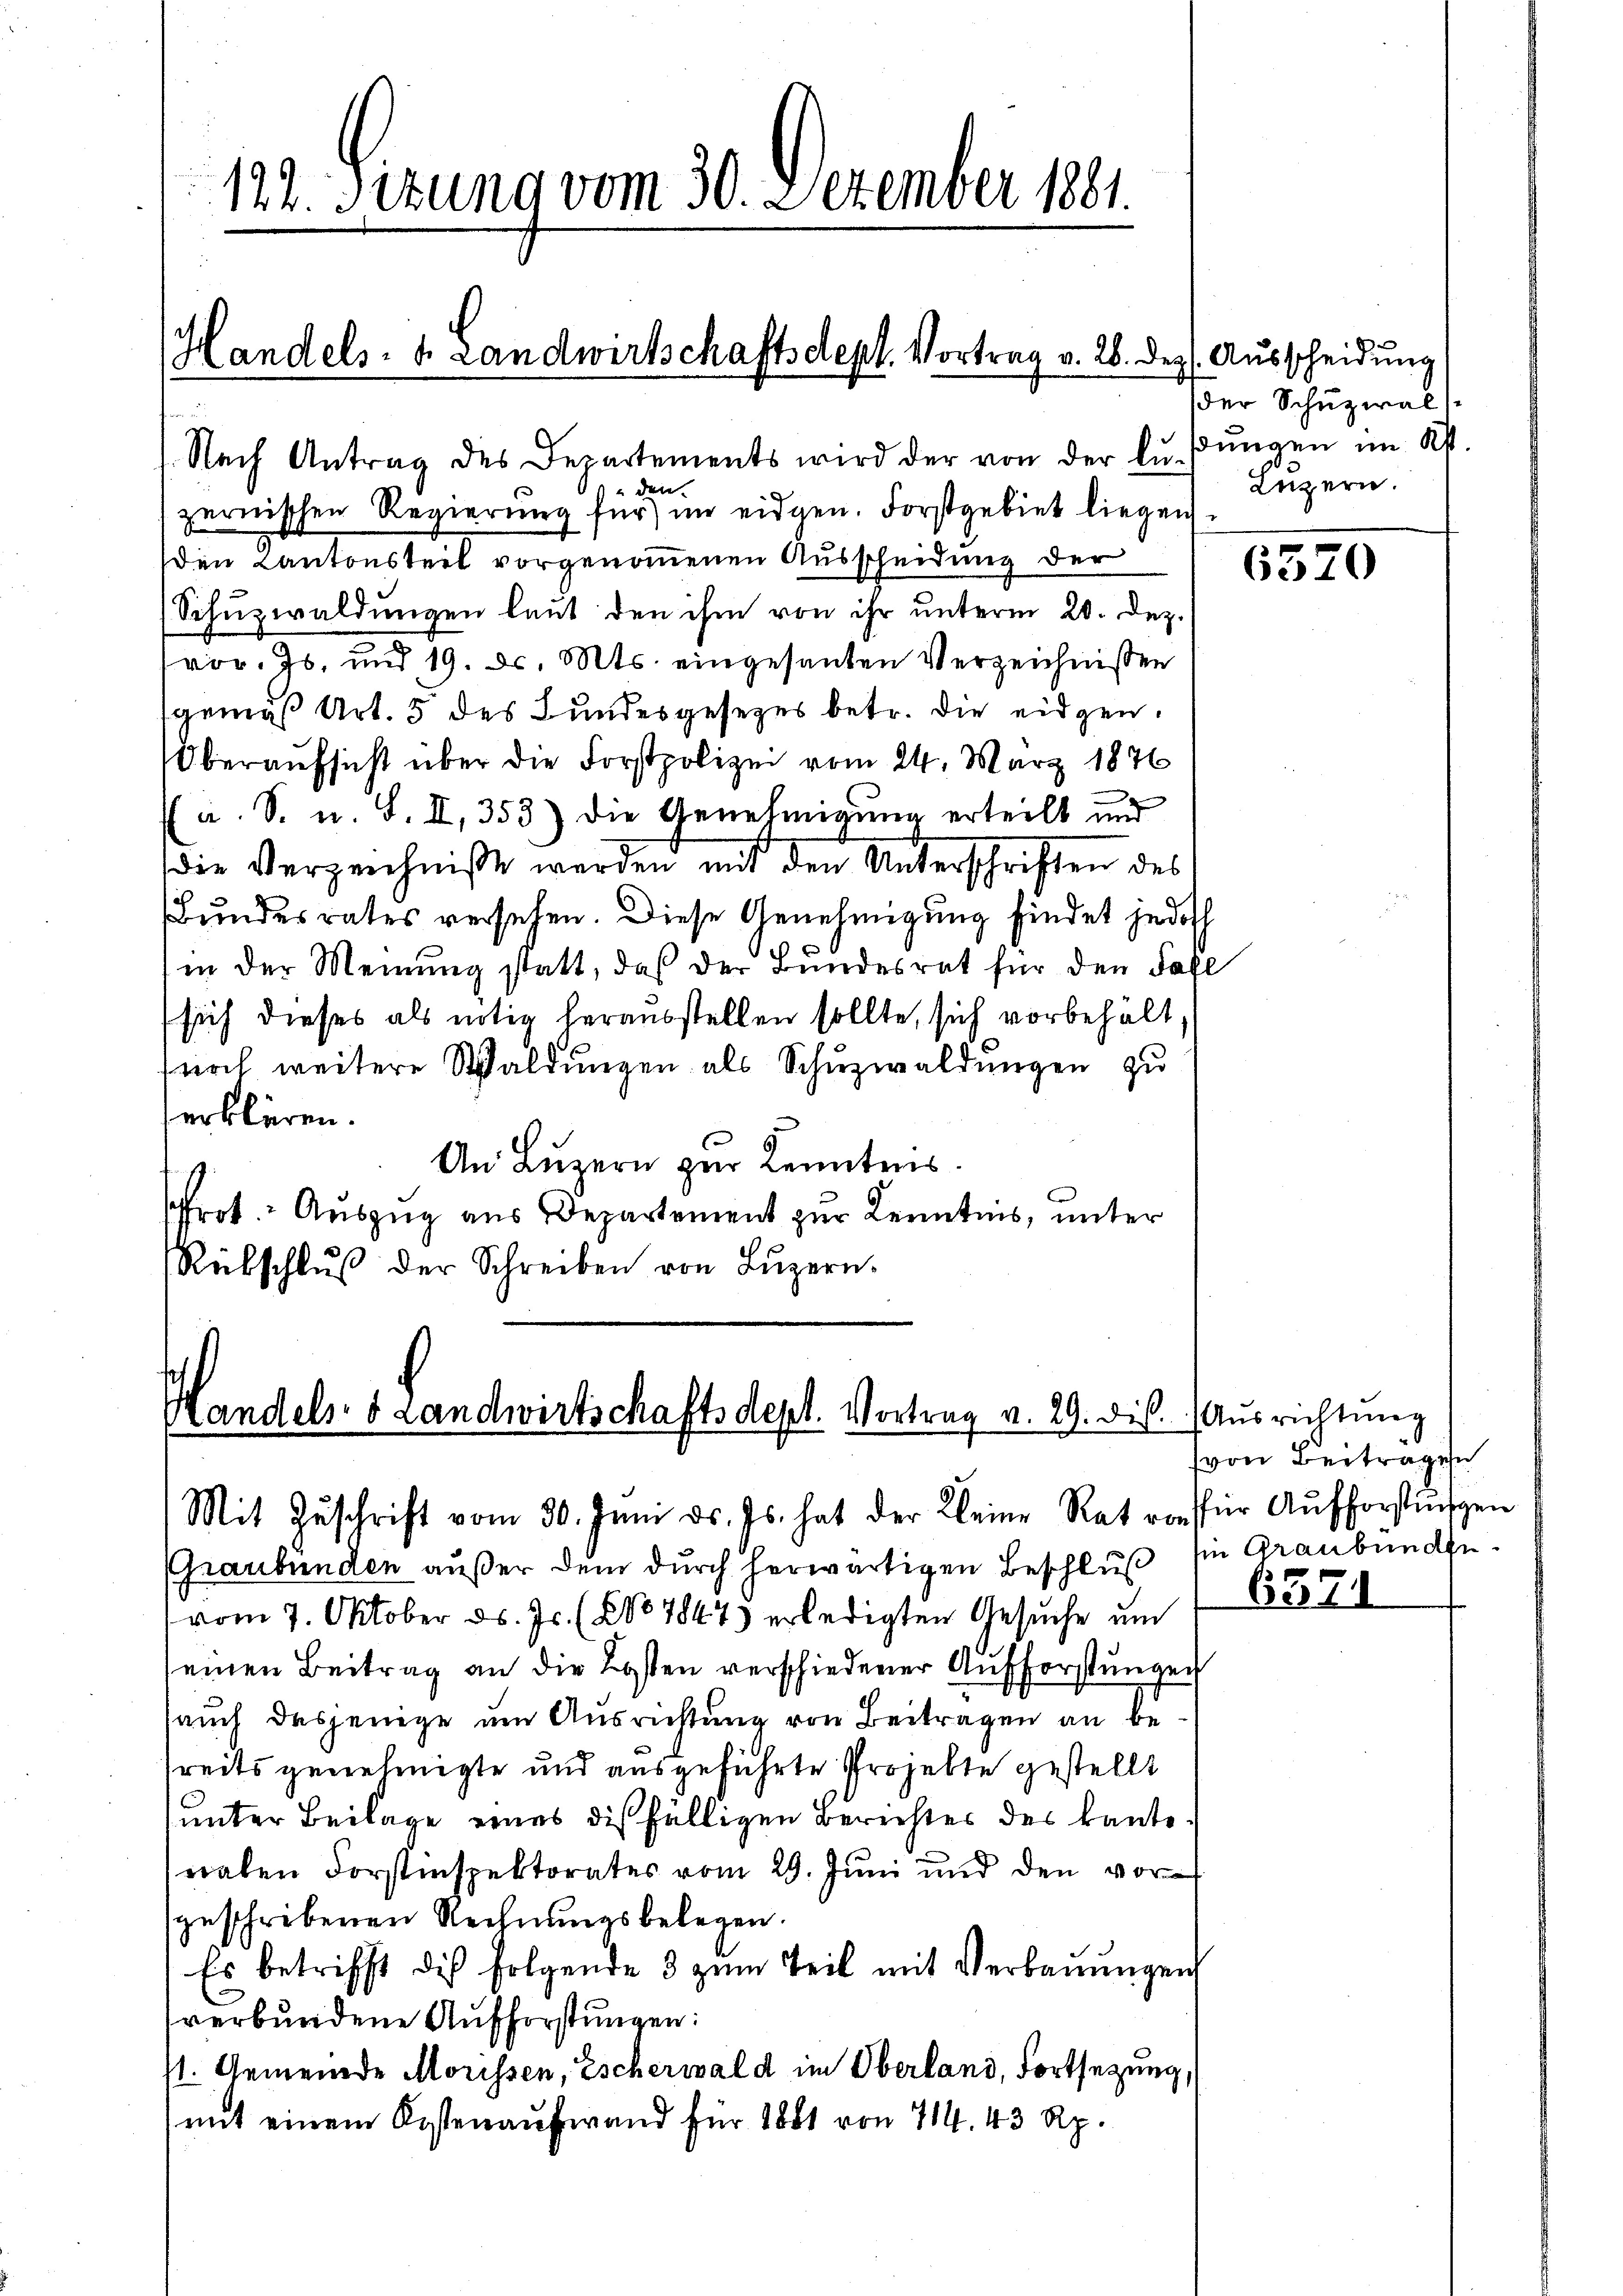
Nach Antrag des Departements wird der von der lŭsŭngen im Kt.
und den
zernischen Regierung für im eidgen. Forstgebiet liegen
den Kantonsteil vorgenommenen Ausscheidung der
Schŭzwaldungen laut den ihm von ihr unterm 20. Dez.
vor. Js. und 19. d. Mts. eingesanten Verzeichnissen
sgemäß Art. 5 des Bundesgesezes betr. die eidgen.
Oberaufsicht über die Forstpolizei vom 24. März 1876
a. S. u. S. II, 353) die Genehmigung erteilt und
die Verzeichniße werden mit den Unterschriften des
Bundesrates versehen. Diese Genehmigung findet jedoch
in der Meinung statt, daß der Bundesrat für den Fall
sich dieses als nötig herausstellen sollte, sich vorbehält
fuoch weitere Waldungen als Schuzwaldungen zu
erklären.
An Luzern zur Kenntens.
Prot. Auszug aus Departement zur Kenntnis, unter
Rütschlŭβ der Schreiben von Lŭzern.

122. Sizung vom 30. Dezember 1881.

Handels- & Landwirtschaftsdept. Vortrag v. 26. Dez. Ausscheidung

Handels- & Landwirtschaftsdept. Vortrag v. 29. Dis. (Ausrichtung
Mit Zŭschrift vom 30. Juni d. Js. hat der Kleine Rat von für Aŭfhorstŭngen

Graubünden außer dem durch herwärtigen Beschluß sie Graubündevom 7. Oktober d. Js. (21078475 erledigten Gesuche um
einen Beitrag an die Kosten verschiedener Aufforstungen
sauch desjenige um Ausrichtung von Beitragen an bereits genehmigte und ausgeführte Projekte gestellt
unter Beilage eines dießfälligen Berichtes des kantonahen Forstinspektorates vom 29. Juni und den vorgeschribenen Rechnungsbelegen.
Es betrifft dich folgende 3 zum Teil mit Verbauungen
verbundene Aufforstungen:
st. Gemeinde Morissen, Escherwald im Oberland, Fortsetzung,
mit einem Kostenaufwand für 1881 von 714. 43 Rp.

er Schuzwal
Luzern.

6520

(von Beitragen

657.